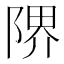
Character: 𨺬